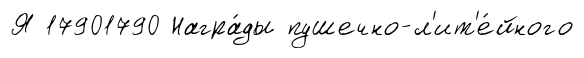
Я 17901790 Награ́ды пушечно-л'ит'е́йного